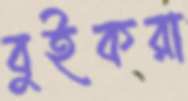
বুইকরা